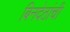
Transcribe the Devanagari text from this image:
बिनदेठांची